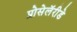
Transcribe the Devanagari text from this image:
प्रोसेलॅरीडे